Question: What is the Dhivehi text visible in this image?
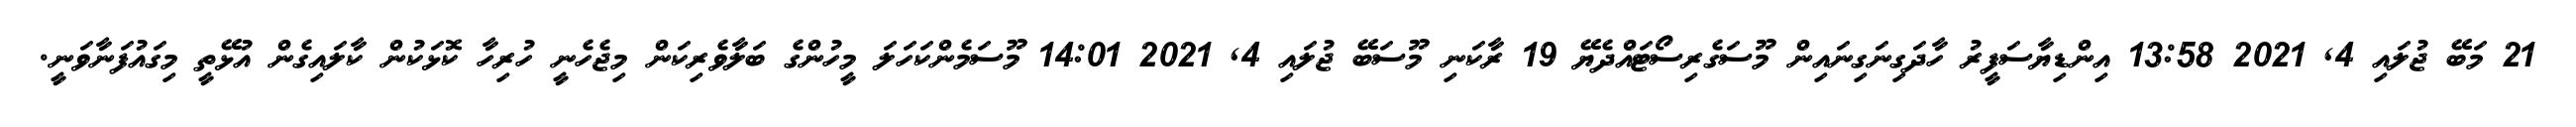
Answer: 21 މަބޭ ޖުލައި 4, 2021 13:58 އިންޑިޔާސަފީރު ހާދަގިނަގިނައިން މޫސަގެރިސޯޓައްދެޔޭ 19 ރާކަނި މޫސަބޭ ޖުލައި 4, 2021 14:01 މޫސަމެންކަހަލަ މީހުންގެ ބަލާވެރިކަން މިޖެހެނީ ހުރިހާ ކޮޅަކުން ކާލައިގެން އުޅޭތީ މިގައުފަނާވަނީ.